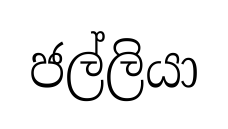
ජල්ලියා